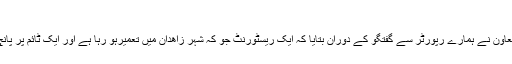
ایک مجھّزریسٹورنٹ کی تعمیر
آستان قدس رضوی کے ادارہ امداد مستضعفان کے معاون نے ہمارے رپورٹر سے گفتگو کے دوران بتایا کہ ایک ریسٹورنٹ جو کہ شہر زاھدان میں تعمیرہو رہا ہے اور ایک ٹائم پر پانچ ہزار تازہ غذا فراہم کرنے کی صلاحیت رکھتا ہے۔